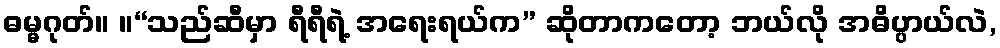
ဓမ္မဂုတ်။ ။“သည်ဆီမှာ ရီရီရဲ့ အရေးရယ်က” ဆိုတာကတော့ ဘယ်လို အဓိပ္ပာယ်လဲ,